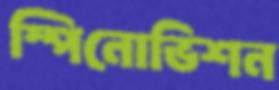
স্পিনোভিশন